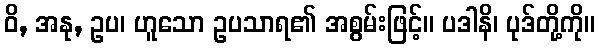
ဝိ, အနု, ဥပ၊ ဟူသော ဥပသာရ၏ အစွမ်းဖြင့်။ ပဒါနိ၊ ပုဒ်တို့ကို။